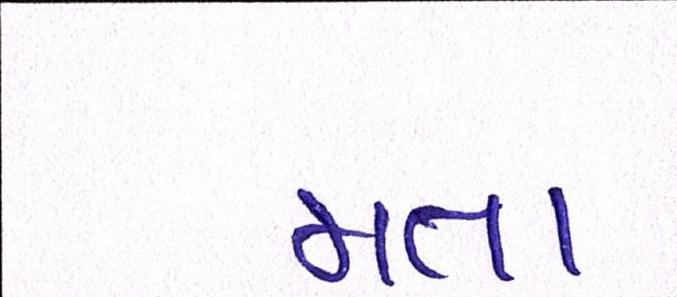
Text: મતા